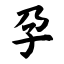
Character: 孕